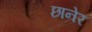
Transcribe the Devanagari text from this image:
छानेर